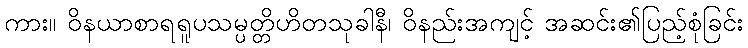
ကား။ ဝိနယာစာရရူပသမ္ပတ္တိဟိတသုခါနီ၊ ဝိနည်းအကျင့် အဆင်း၏ပြည့်စုံခြင်း